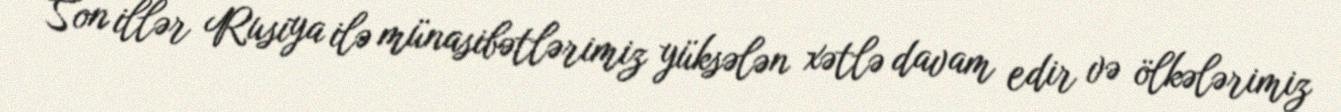
Son illər Rusiya ilə münasibətlərimiz yüksələn xətlə davam edir və ölkələrimiz